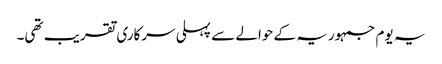
یہ یوم جمہوریہ کے حوالے سے پہلی سرکاری تقریب تھی۔